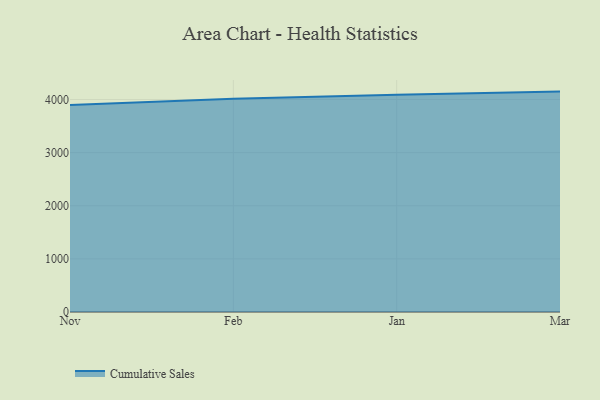
{"axis": {"x": "Month", "y": "LTV (USD)"}, "legend": ["Cumulative Sales"], "data": [{"x": "Nov", "y": 3896.2, "type": "Cumulative Sales"}, {"x": "Feb", "y": 4012.6, "type": "Cumulative Sales"}, {"x": "Jan", "y": 4088.7, "type": "Cumulative Sales"}, {"x": "Mar", "y": 4148.7, "type": "Cumulative Sales"}]}